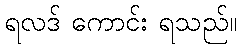
ရလဒ် ကောင်း ရသည်။